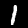
Label: 1